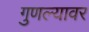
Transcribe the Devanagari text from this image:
गुणल्यावर